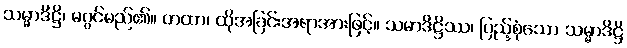
သမ္မာဒိဋ္ဌိ၊ မဂ္ဂင်မည်၏။ တထာ၊ ထိုအခြင်းအရာအားဖြင့်။ သမာဒိဋ္ဌိဿ၊ ပြည့်စုံသော သမ္မာဒိဋ္ဌိ